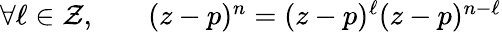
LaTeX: \begin{array}{rlr}{\forall\ell\in\mathcal{Z},}&{{}}&{(z-p)^{n}=(z-p)^{\ell}(z-p)^{n-\ell}}\end{array}